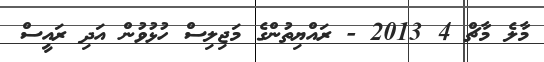
މާލެ މާޗް 4 2013 - ރައްޔިތުންގެ މަޖިލިސް ހުޅުވުން އަދި ރައީސް